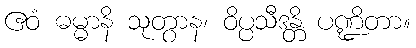
ဧဝံ ဓမ္မာနိ သုတွာန၊ ဝိပ္ပသီဒန္တိ ပဏ္ဍိတာ။